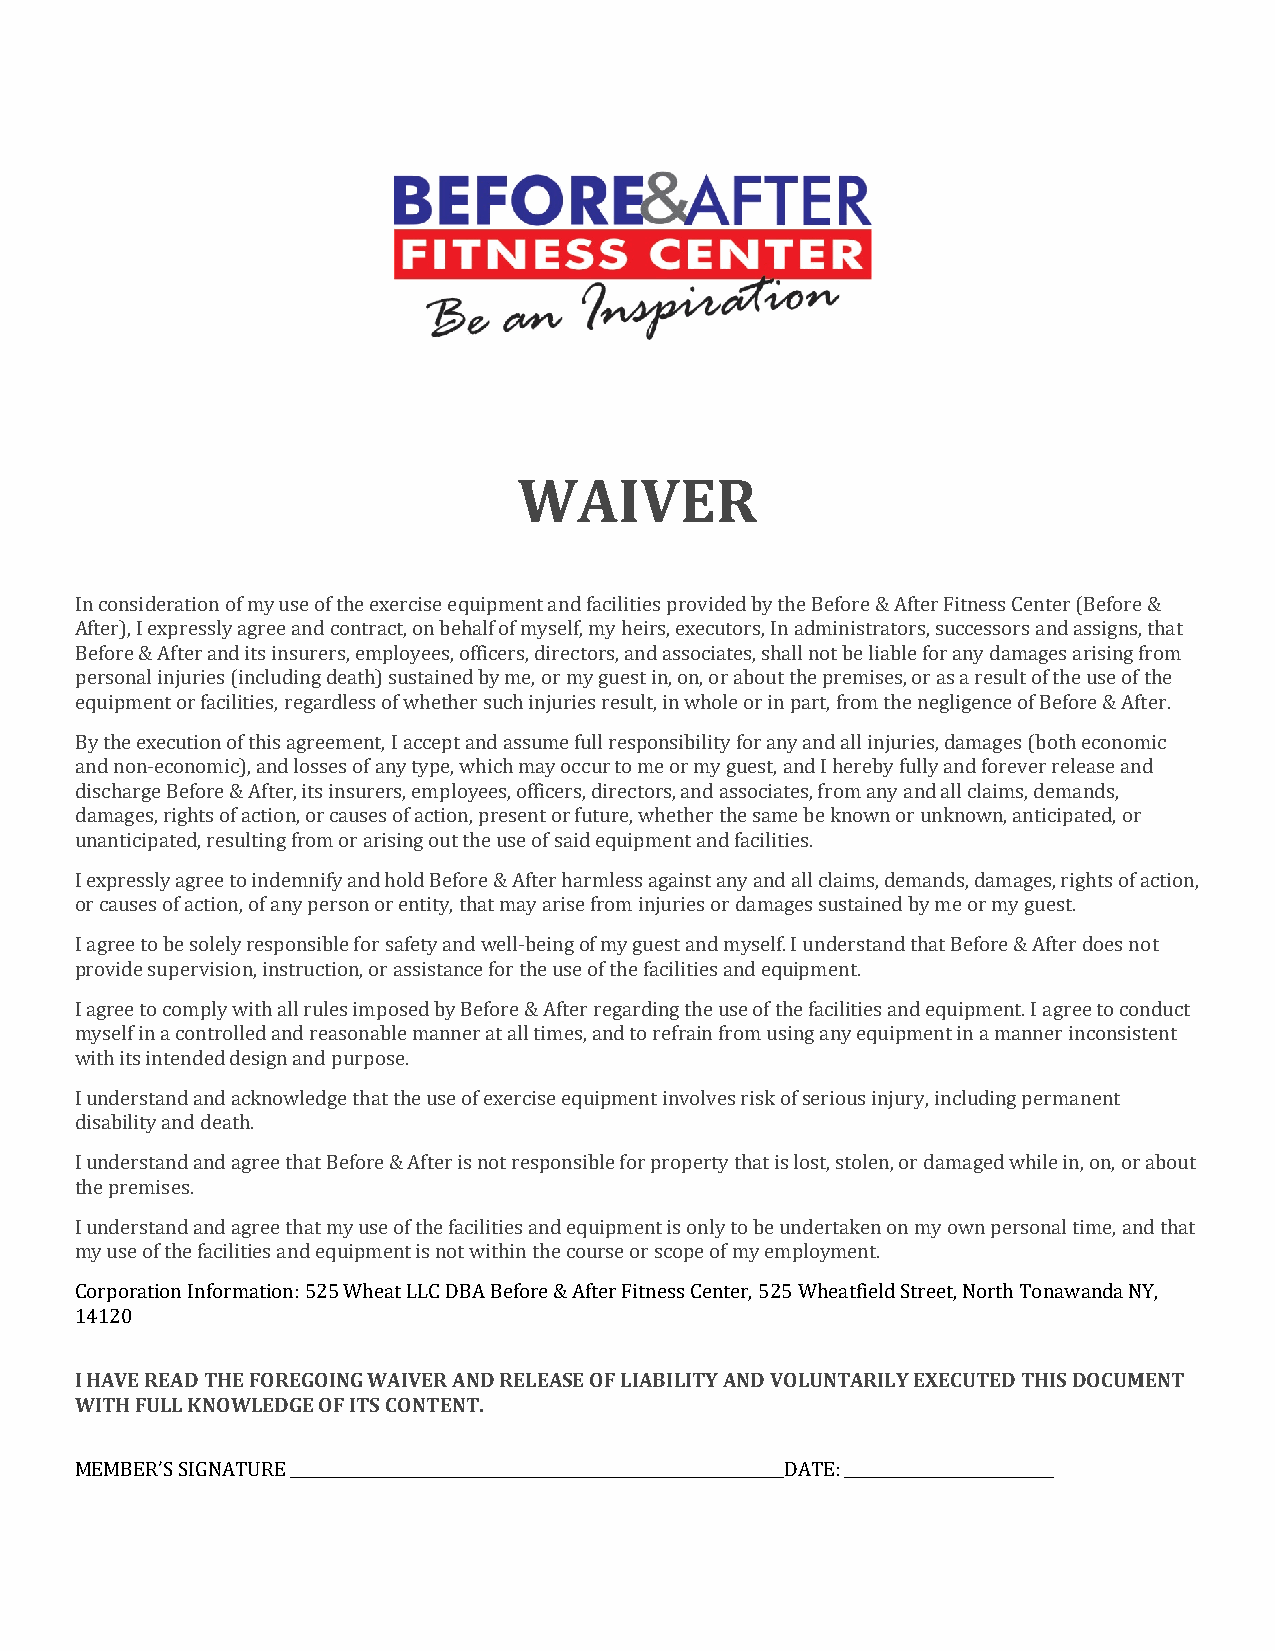
WAIVER
 In consideration of my use of the exercise equipment and facilities provided by the Before & After Fitness Center (Before &
 After), I expressly agree and contract, on behalf of myself, my heirs, executors, In administrators, successors and assigns, that
 Before & After and its insurers, employees, officers, directors, and associates, shall not be liable for any damages arising from
 personal injuries (including death) sustained by me, or my guest in, on, or about the premises, or as a result of the use of the
 equipment or facilities, regardless of whether such injuries result, in whole or in part, from the negligence of Before & After.
 By the execution of this agreement, I accept and assume full responsibility for any and all injuries, damages (both economic
 and non-economic), and losses of any type, which may occur to me or my guest, and I hereby fully and forever release and
 discharge Before & After, its insurers, employees, officers, directors, and associates, from any and all claims, demands,
 damages, rights of action, or causes of action, present or future, whether the same be known or unknown, anticipated, or
 unanticipated, resulting from or arising out the use of said equipment and facilities.
 I expressly agree to indemnify and hold Before & After harmless against any and all claims, demands, damages, rights of action,
 or causes of action, of any person or entity, that may arise from injuries or damages sustained by me or my guest.
 I agree to be solely responsible for safety and well-being of my guest and myself. I understand that Before & After does not
 provide supervision, instruction, or assistance for the use of the facilities and equipment.
 I agree to comply with all rules imposed by Before & After regarding the use of the facilities and equipment. I agree to conduct
 myself in a controlled and reasonable manner at all times, and to refrain from using any equipment in a manner inconsistent
 with its intended design and purpose.
 I understand and acknowledge that the use of exercise equipment involves risk of serious injury, including permanent
 disability and death.
 I understand and agree that Before & After is not responsible for property that is lost, stolen, or damaged while in, on, or about
 the premises.
 I understand and agree that my use of the facilities and equipment is only to be undertaken on my own personal time, and that
 my use of the facilities and equipment is not within the course or scope of my employment.
 Corporation Information: 525 Wheat LLC DBA Before & After Fitness Center, 525 Wheatfield Street, North Tonawanda NY,
 14120
 I HAVE READ THE FOREGOING WAIVER AND RELEASE OF LIABILITY AND VOLUNTARILY EXECUTED THIS DOCUMENT
 WITH FULL KNOWLEDGE OF ITS CONTENT.
 MEMBER’S SIGNATURE ________________________________________________________________DATE: ___________________________